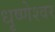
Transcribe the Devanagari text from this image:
धृष्णेश्वर